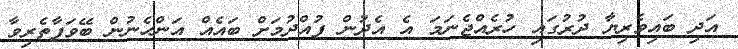
އަދި ބައިވެރިޔާ ދުރުގައި ހުރެއްޖެނަމަ އެ އެދުން ފުއްދުމަށް ބައެއް އަންހެނުން ބޭވަފާތެރިވާ